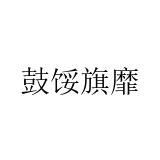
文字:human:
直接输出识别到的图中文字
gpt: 鼓馁旗靡